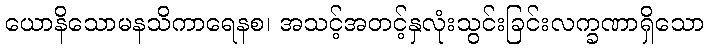
ယောနိသောမနသိကာရေနစ၊ အသင့်အတင့်နှလုံးသွင်းခြင်းလက္ခဏာရှိသော